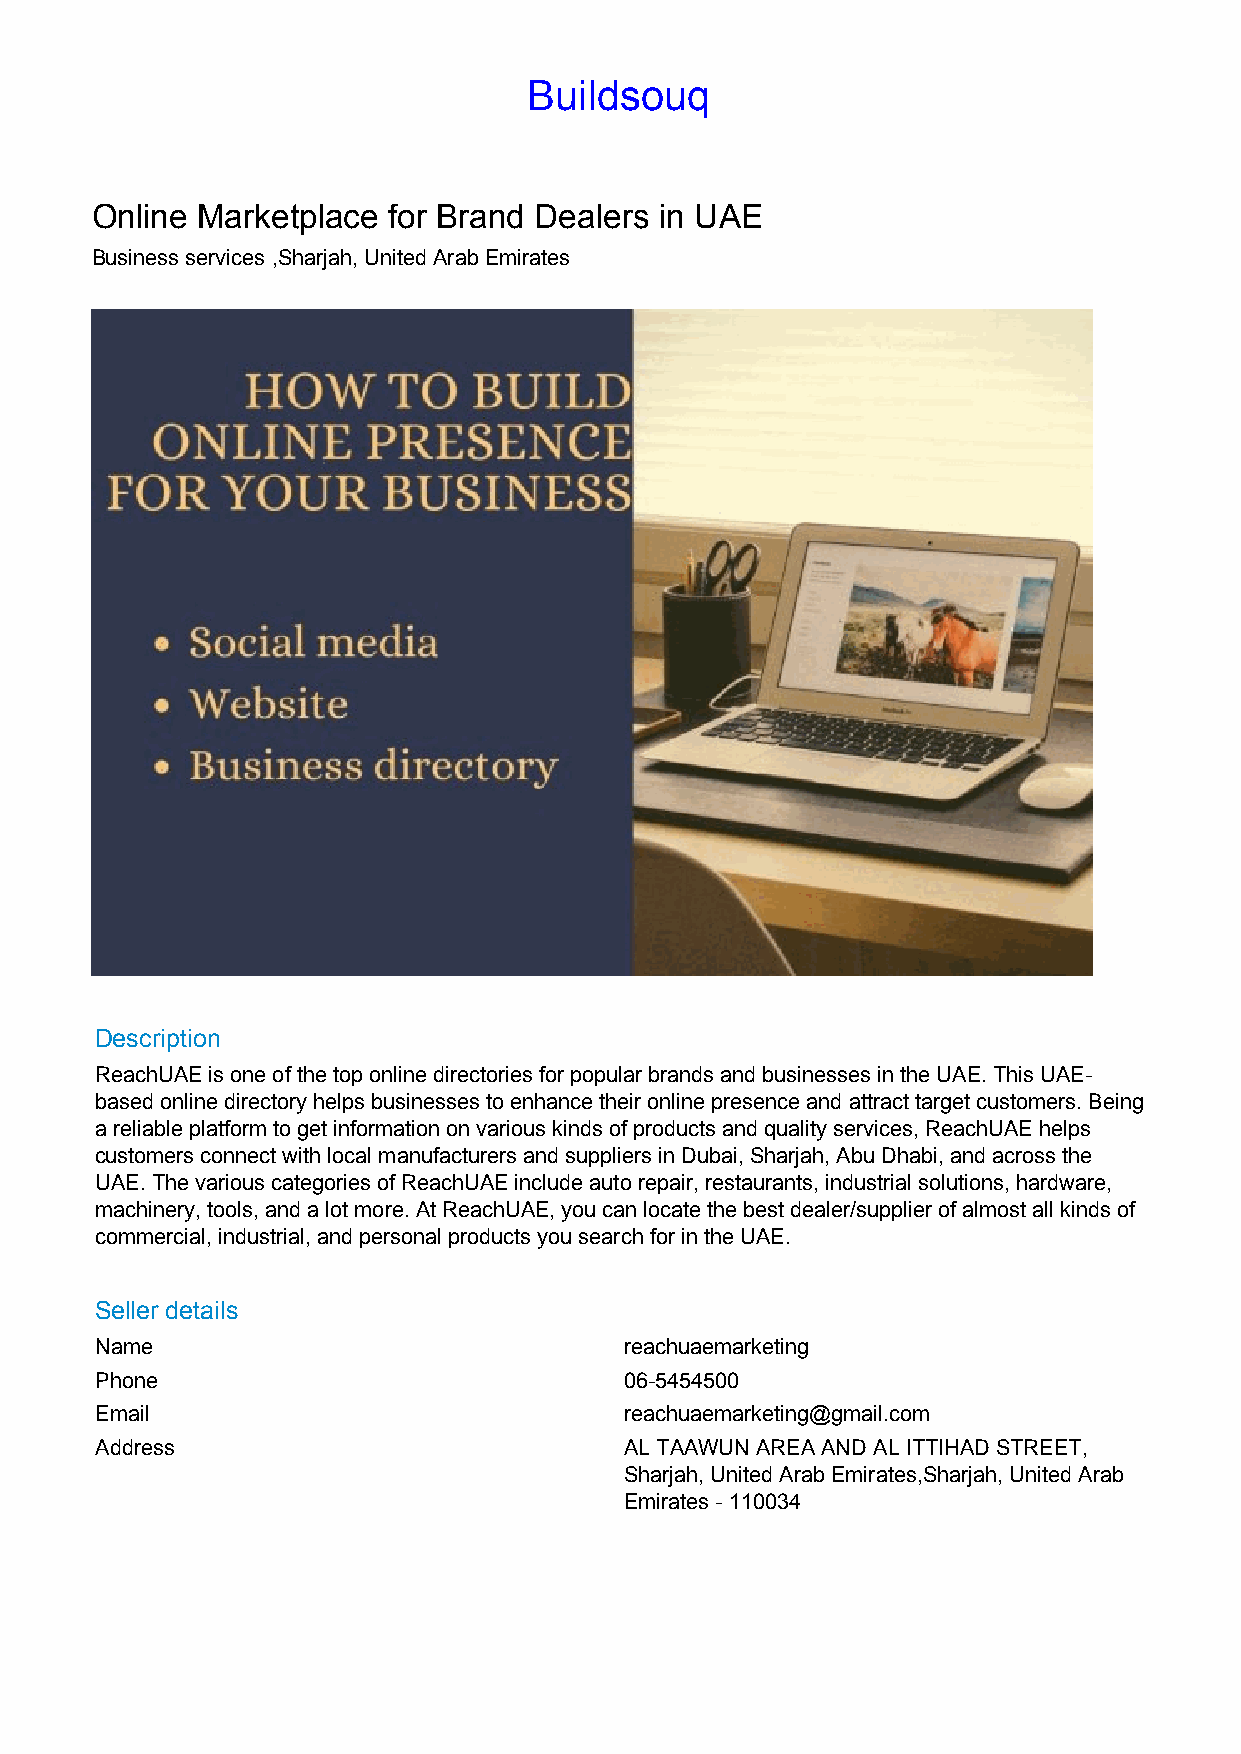
Buildsouq
 Online Marketplace  for Brand Dealers in UAE
 Business services ,Sharjah, United Arab Emirates
 Description
 ReachUAE is one of the top online directories for popular brands and businesses in the UAE. This UAE-
 based online directory helps businesses to enhance their online presence and attract target customers. Being
 a reliable platform to get information on various kinds of products and quality services, ReachUAE helps
 customers connect with local manufacturers and suppliers in Dubai, Sharjah, Abu Dhabi, and across the
 UAE. The various categories of ReachUAE include auto repair, restaurants, industrial solutions, hardware,
 machinery, tools, and a lot more. At ReachUAE, you can locate the best dealer/supplier of almost all kinds of
 commercial, industrial, and personal products you search for in the UAE.
 Seller details
 Name                               reachuaemarketing
 Phone                              06-5454500
 Email                              reachuaemarketing@gmail.com
 Address                            AL TAAWUN AREA AND AL ITTIHAD STREET,
 Sharjah, United Arab Emirates,Sharjah, United Arab
 Emirates - 110034
 Powered by TCPDF (www.tcpdf.org)